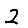
Digit: 2